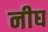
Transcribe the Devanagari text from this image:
नीघ